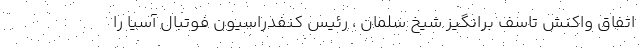
اتفاق واکنش تاسف برانگیز شیخ سلمان ، رئیس کنفدراسیون فوتبال آسیا را